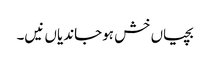
بچیاں خش ہوجاندیاں نیں۔